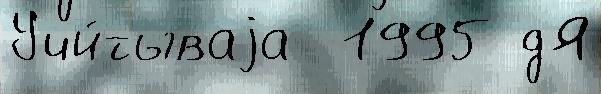
Учи́тываjа  1995 дЯ